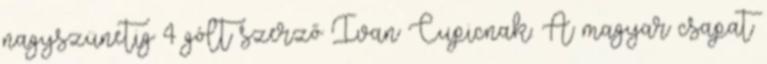
nagyszünetig 4 gólt szerző Ivan Cupicnak. A magyar csapat